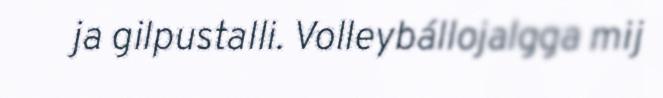
ja gilpustalli. Volleybállojalgga mij